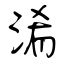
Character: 淆